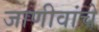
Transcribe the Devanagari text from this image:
जाणीवांचे